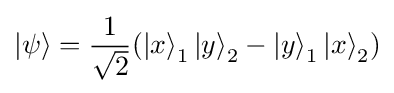
\left|\psi \right\rangle ={1 \over {\sqrt {2}}}(\left|x\right\rangle _{1}\left|y\right\rangle _{2}-\left|y\right\rangle _{1}\left|x\right\rangle _{2})